Lunatic asylums Central Provinces reports 1874-1885 - 1874-1885
Year: 1874
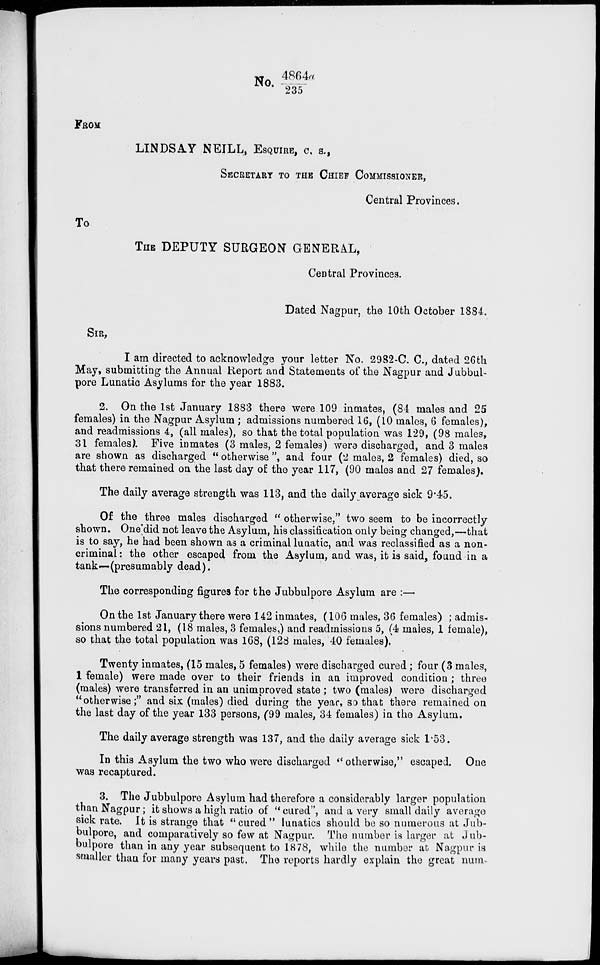
No.4864a/235
FROM
LINDSAY NEILL, ESQUIRE, C. S.,
SECRETARY TO THE CHIEF COMMISSIONER,
Central Provinces.
To
THE DEPUTY SURGEON GENERAL,
Central Provinces.
Dated Nagpur, the 10th October 1884.
SIR,
I am directed to acknowledge your letter No. 2982-C. C., dated 26th
May, submitting the Annual Report and Statements of the Nagpur and Jubbul-
pore Lunatic Asylums for the year 1883.
2. On the 1st January 1883 there were 109 inmates, (84 males and 25
females) in the Nagpur Asylum; admissions numbered 16, (10 males, 6 females),
and readmissions 4, (all males), so that the total population was 129, (98 males,
31 females). Five inmates (3 males, 2 females) were discharged, and 3 males
are shown as discharged " otherwise ", and four (2 males, 2 females) died, so
that there remained on the last day of the year 117, (90 males and 27 females).
The daily average strength was 113, and the daily average sick 9.45.
Of the three males discharged " otherwise," two seem to be incorrectly
shown. One'did not leave the Asylum, his classification only being changed,—that
is to say, he had been shown as a criminal lunatic, and was reclassified as a non-
criminal : the other escaped from the Asylum, and was, it is said, found in a
tank—(presumably dead).
The corresponding figures for the Jubbulpore Asylum are :—
On the 1st January there were 142 inmates, (106 males, 36 females) ; admis-
sions numbered 21, (18 males, 3 females,) and readmissions 5, (4 males, 1 female),
so that the total population was 168, (128 males, 40 females).
Twenty inmates, (15 males, 5 females) were discharged cured ; four (3 males,
1 female) were made over to their friends in an improved condition ; three
(males) were transferred in an unimproved state ; two (males) were discharged
"otherwise;" and six (males) died during the year, so that there remained on
the last day of the year 133 persons, (99 males, 34 females) in the Asylum.
The daily average strength was 137, and the daily average sick 1.53.
In this Asylum the two who were discharged "otherwise," escaped. One
was recaptured.
3. The Jubbulpore Asylum had therefore a considerably larger population
than Nagpur; it shows a high ratio of " cured", and a very small daily average
sick rate. It is strange that " cured " lunatics should be so numerous at Jub-
bulpore, and comparatively so few at Nagpur. The number is larger at Jub-
bulpore than in any year subsequent to 1878, while the number at Nagpur is
smaller than for many years past. The reports hardly explain the great num-